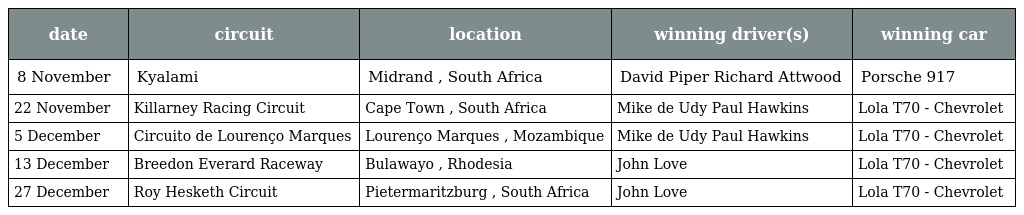
| date | circuit | location | winning driver(s) | winning car |
 | --- | --- | --- | --- | --- |
 | 8 November | Kyalami | Midrand , South Africa | David Piper Richard Attwood | Porsche 917 |
 | 22 November | Killarney Racing Circuit | Cape Town , South Africa | Mike de Udy Paul Hawkins | Lola T70 - Chevrolet |
 | 5 December | Circuito de Lourenço Marques | Lourenço Marques , Mozambique | Mike de Udy Paul Hawkins | Lola T70 - Chevrolet |
 | 13 December | Breedon Everard Raceway | Bulawayo , Rhodesia | John Love | Lola T70 - Chevrolet |
 | 27 December | Roy Hesketh Circuit | Pietermaritzburg , South Africa | John Love | Lola T70 - Chevrolet |